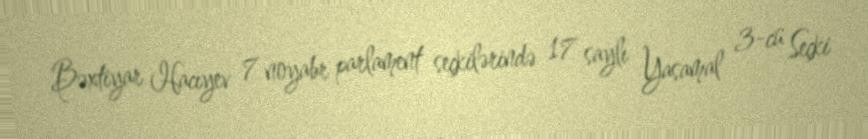
Bəxtiyar Hacıyev 7 noyabr parlament seçkilərində 17 saylı Yasamal 3-cü Seçki